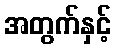
အတွက်နှင့်